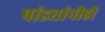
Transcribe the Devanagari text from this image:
पांड्यांनीही